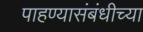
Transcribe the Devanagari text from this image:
पाहण्यासंबंधीच्या